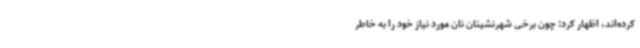
کرده‌اند، اظهار کرد: چون برخی شهرنشینان نان مورد نیاز خود را به خاطر